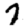
Digit: 7